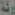
ركة